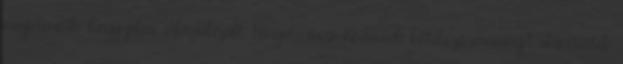
megjelenítik, hogy jelen Aktualizált Magatartási Kódexnek kötelező érvénnyel alávetették